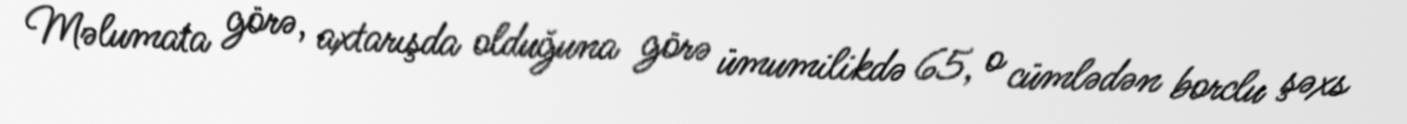
Məlumata görə, axtarışda olduğuna görə ümumilikdə 65, o cümlədən borclu şəxs